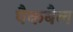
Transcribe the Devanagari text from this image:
पैकबैल